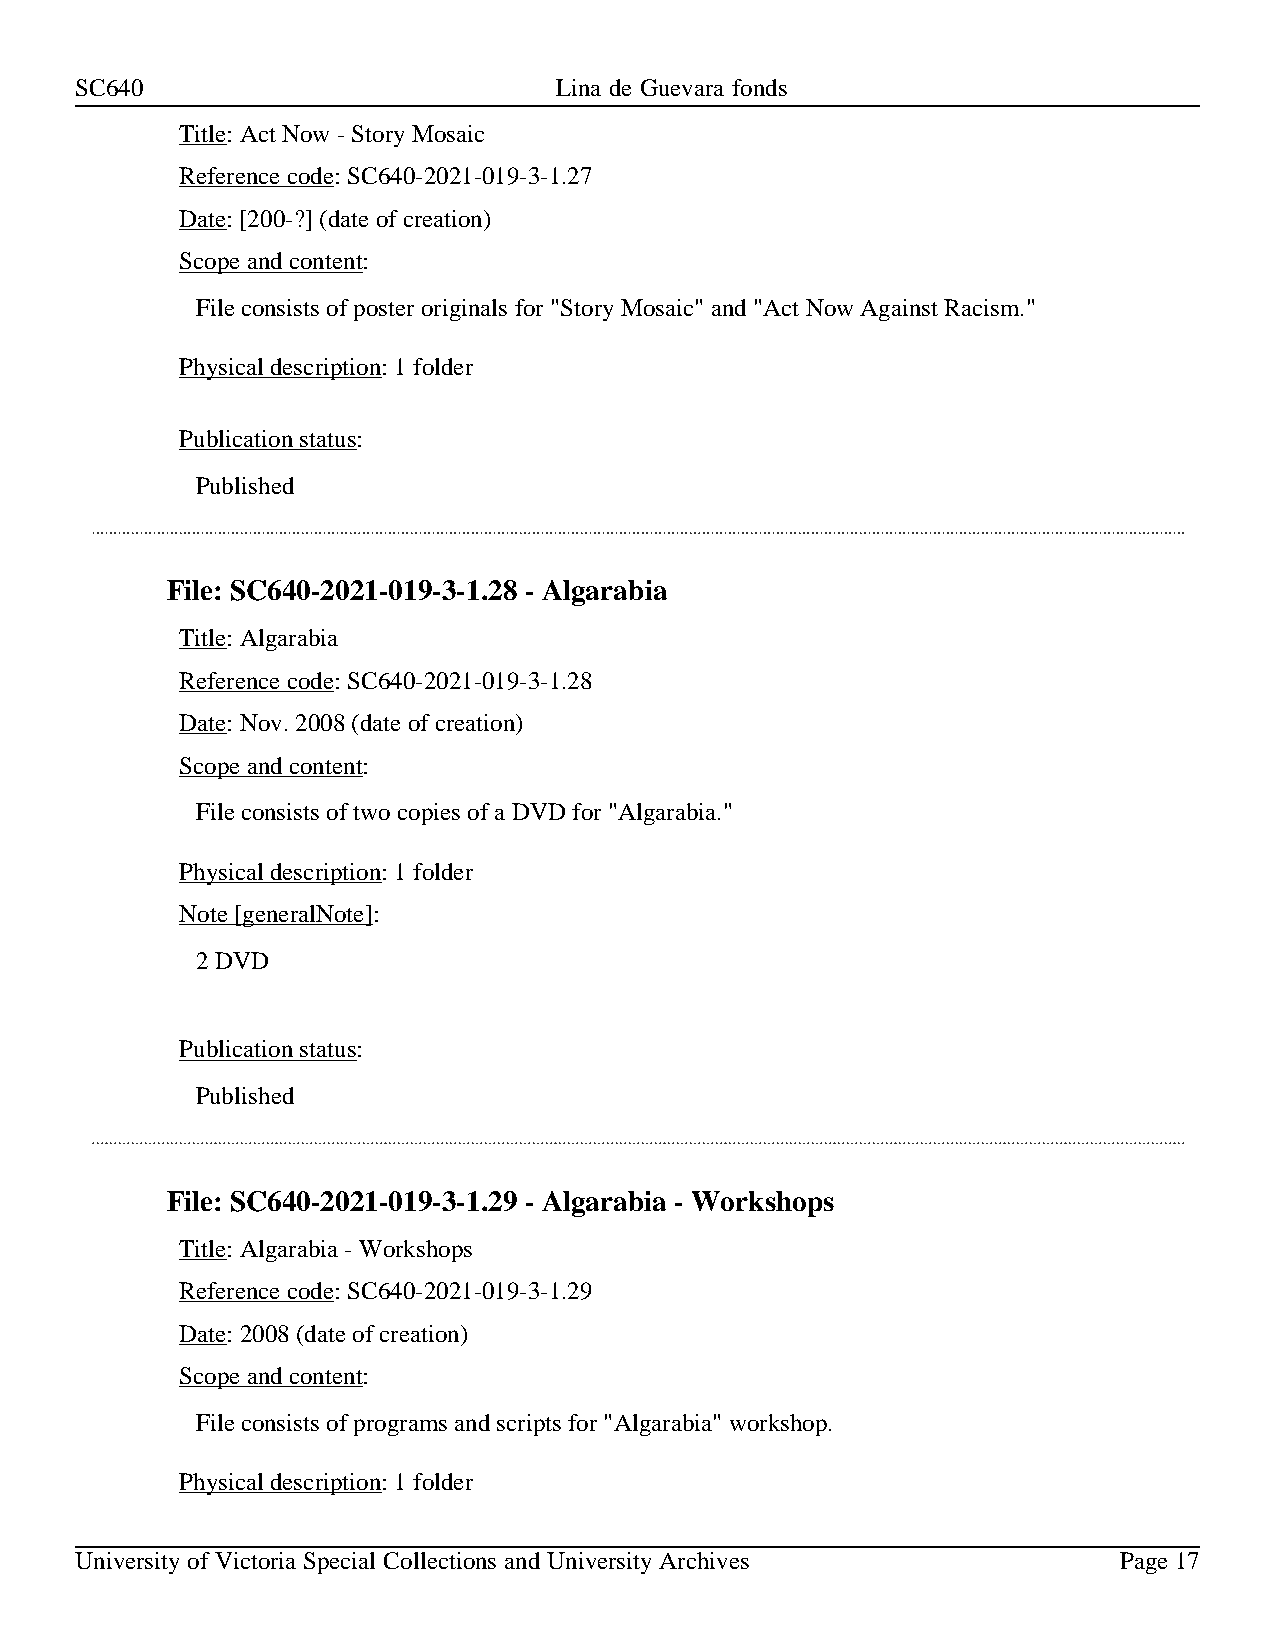
SC640                           Lina de Guevara fonds
 Title: Act Now - Story Mosaic
 Reference code: SC640-2021-019-3-1.27
 Date: [200-?] (date of creation)
 Scope and content:
 File consists of poster originals for "Story Mosaic" and "Act Now Against Racism."
 Physical description: 1 folder
 Publication status:
 Published
 File: SC640-2021-019-3-1.28 - Algarabia
 Title: Algarabia
 Reference code: SC640-2021-019-3-1.28
 Date: Nov. 2008 (date of creation)
 Scope and content:
 File consists of two copies of a DVD for "Algarabia."
 Physical description: 1 folder
 Note [generalNote]:
 2 DVD
 Publication status:
 Published
 File: SC640-2021-019-3-1.29 - Algarabia - Workshops
 Title: Algarabia - Workshops
 Reference code: SC640-2021-019-3-1.29
 Date: 2008 (date of creation)
 Scope and content:
 File consists of programs and scripts for "Algarabia" workshop.
 Physical description: 1 folder
 University of Victoria Special Collections and University Archives   Page 17